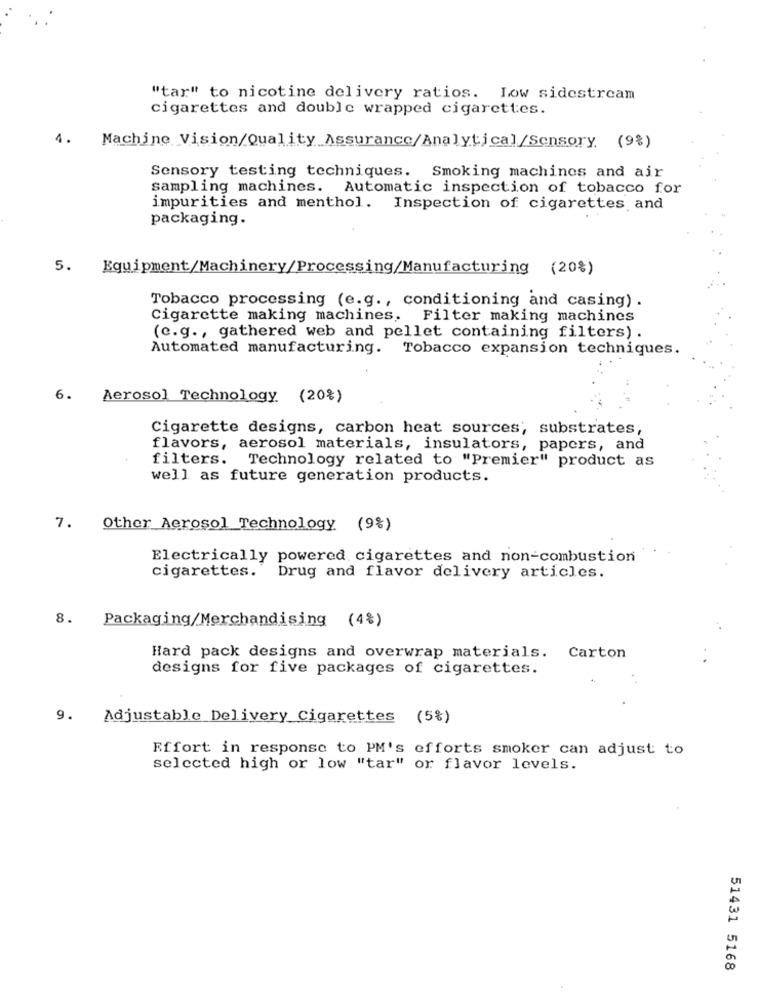
"tar" to nicotine delivery ratios. Low sidestream
cigarettes and double wrapped cigarettes.
4.
Machine Vision/Quality Assurance/Analytical/Sensory (9%)
Sensory testing techniques. Smoking machines and air
sampling machines. Automatic inspection of tobacco for
impurities and menthol. Inspection of cigarettes and
packaging.
5.
Equipment/Machinery/Processing/Manufacturing (20%)
Tobacco processing (e.g ., conditioning and casing) .
Cigarette making machines. Filter making machines
(e.g ., gathered web and pellet containing filters) .
Automated manufacturing. Tobacco expansion techniques.
6.
Aerosol Technology (20%)
Cigarette designs, carbon heat sources; substrates,
flavors, aerosol materials, insulators, papers, and
filters. Technology related to "Premier" product as
well as future generation products.
7.
Other Aerosol Technology (9%)
Electrically powered cigarettes and non-combustion
cigarettes.
Drug and flavor delivery articles.
8.
Packaging/Merchandising (4%)
Hard pack designs and overwrap materials. Carton
designs for five packages of cigarettes.
9.
Adjustable Delivery Cigarettes (5%)
Effort in response to PM's efforts smoker can adjust to
selected high or low "tar" or flavor levels.
51431 5168